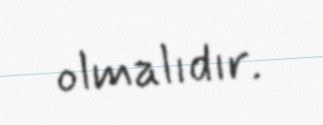
olmalıdır.